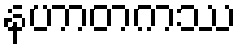
နဟာတကဿ